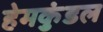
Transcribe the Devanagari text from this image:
हेमकुंडल